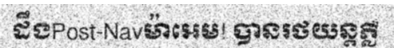
ដឹងPost-Navម៉ាអេម! បានរថយន្តភ្លឺ